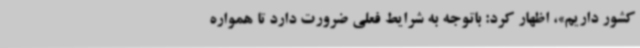
کشور داریم»، اظهار کرد: باتوجه به شرایط فعلی ضرورت دارد تا همواره